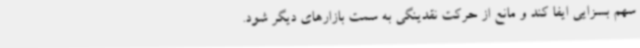
سهم بسزایی ایفا کند و مانع از حرکت نقدینگی به سمت بازارهای دیگر شود.